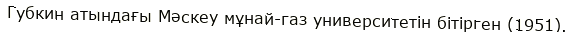
Губкин атындағы Мәскеу мұнай-газ университетін бітірген (1951).